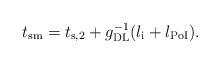
LaTeX: \begin{align*}t_\mathrm{sm} = t_\mathrm{s,2} + g_\mathrm{DL}^{-1} (l_\mathrm{i} + l_\mathrm{PoI}).\end{align*}